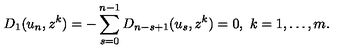
D _ { 1 } ( u _ { n } , z ^ { k } ) = - \sum _ { s = 0 } ^ { n - 1 } D _ { n - s + 1 } ( u _ { s } , z ^ { k } ) = 0 , \ k = 1 , \dots , m .